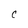
Character: C